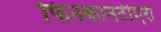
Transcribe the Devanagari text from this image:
फिनकानटीएरी